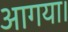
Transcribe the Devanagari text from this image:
आगया।